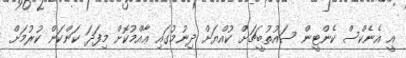
އީ އެނެކްސް ކެންޓީން ސައުތުބީޗަށް ކުއްޔަށް ދިނުމުގައި ޢާއްމުކޮށް މިފަދަ ކަންކަން ކުރުމަށް